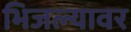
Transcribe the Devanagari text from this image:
भिजल्यावर